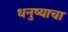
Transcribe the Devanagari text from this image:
धनुष्याचा